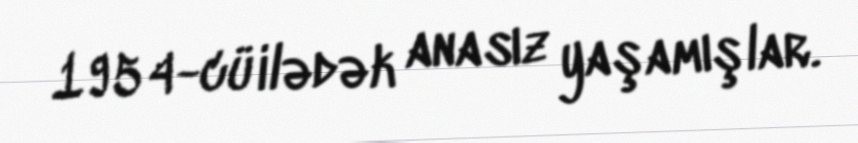
1954-cü ilədək anasız yaşamışlar.